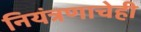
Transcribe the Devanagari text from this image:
नियंत्रणाचेही